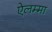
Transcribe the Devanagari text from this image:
ऐलम्मा